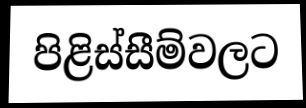
පිළිස්සීම්වලට